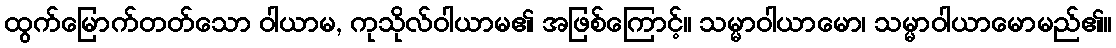
ထွက်မြောက်တတ်သော ဝါယာမ, ကုသိုလ်ဝါယာမ၏ အဖြစ်ကြောင့်။ သမ္မာဝါယာမော၊ သမ္မာဝါယာမောမည်၏။